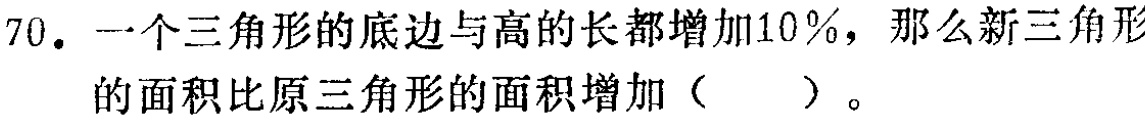
70. 一个三角形的底边与高的长都增加10%，那么新三角形的面积比原三角形的面积增加（  ）。